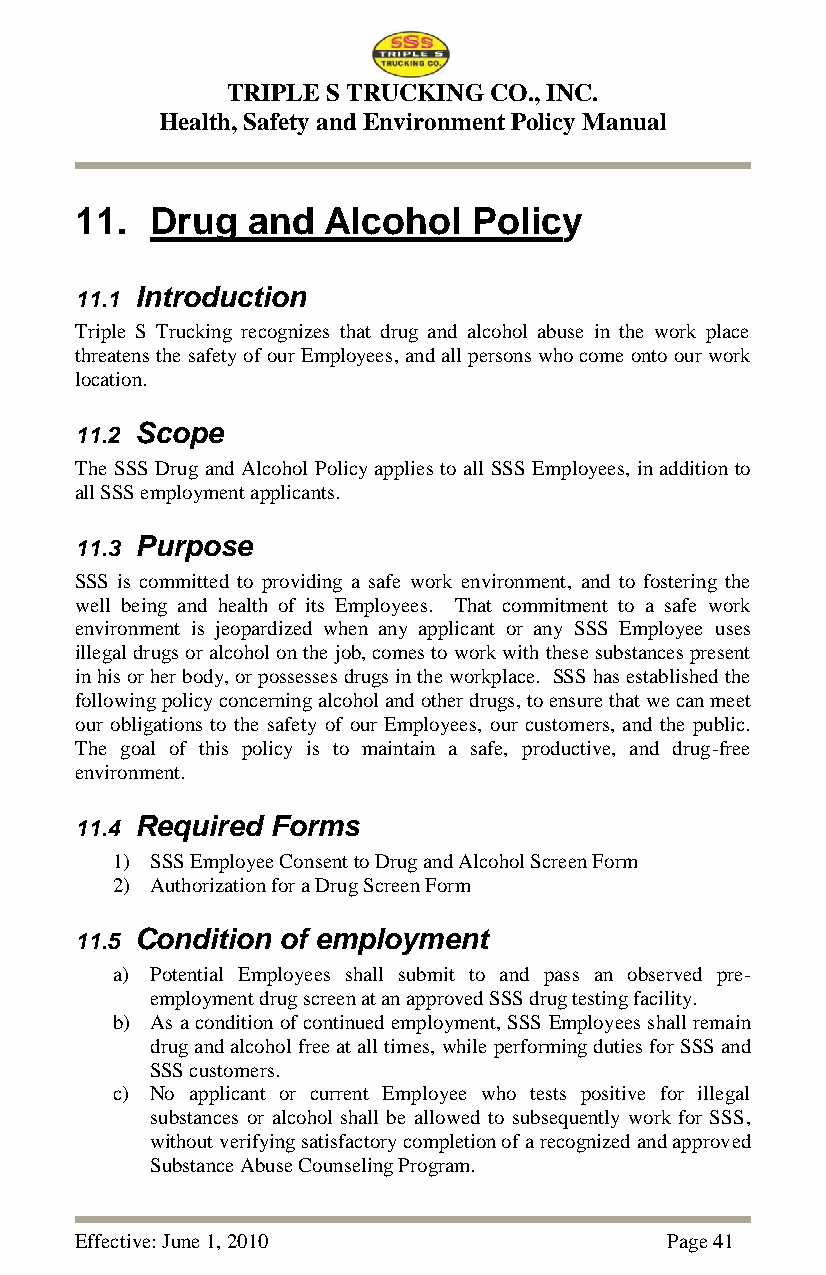
TRIPLE S TRUCKING CO., INC.
 Health, Safety and Environment Policy Manual
 11.  Drug  and  Alcohol   Policy
 11.1 Introduction
 Triple S Trucking recognizes that drug and alcohol abuse in the work place
 threatens the safety of our Employees, and all persons who come onto our work
 location.
 11.2 Scope
 The SSS Drug and Alcohol Policy applies to all SSS Employees, in addition to
 all SSS employment applicants.
 11.3 Purpose
 SSS is committed to providing a safe work environment, and to fostering the
 well being and health of its Employees. That commitment to a safe work
 environment is jeopardized when any applicant or any SSS Employee uses
 illegal drugs or alcohol on the job, comes to work with these substances present
 in his or her body, or possesses drugs in the workplace. SSS has established the
 following policy concerning alcohol and other drugs, to ensure that we can meet
 our obligations to the safety of our Employees, our customers, and the public.
 The goal of this policy is to maintain a safe, productive, and drug-free
 environment.
 11.4 Required Forms
 1) SSS Employee Consent to Drug and Alcohol Screen Form
 2) Authorization for a Drug Screen Form
 11.5 Condition of employment
 a) Potential Employees shall submit to and pass an observed pre-
 employment drug screen at an approved SSS drug testing facility.
 b) As a condition of continued employment, SSS Employees shall remain
 drug and alcohol free at all times, while performing duties for SSS and
 SSS customers.
 c) No applicant or current Employee who tests positive for illegal
 substances or alcohol shall be allowed to subsequently work for SSS,
 without verifying satisfactory completion of a recognized and approved
 Substance Abuse Counseling Program.
 Effective: June 1, 2010                Page 41